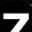
Digit: 7